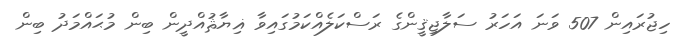
ހިޖުރައިން 507 ވަނަ އަހަރު ސަލާޖިޤީންގެ ރަސްކަލެއްކަމުގައިވާ ޣިޔާޘުއްދީން ބިން މުޙައްމަދު ބިން